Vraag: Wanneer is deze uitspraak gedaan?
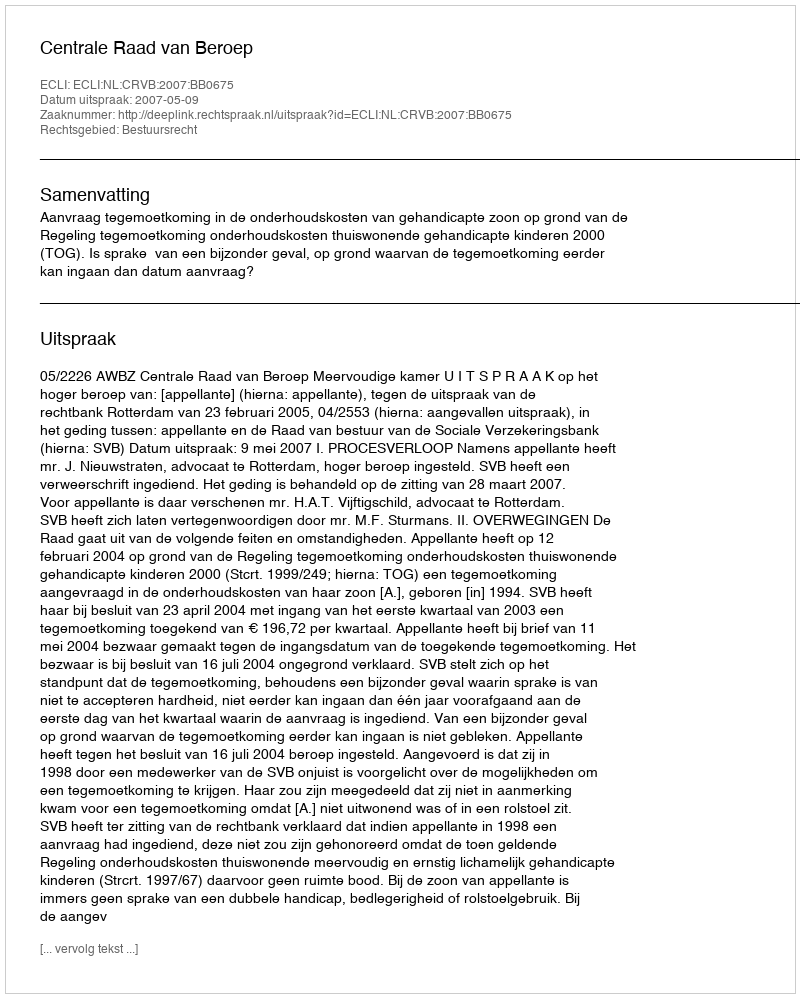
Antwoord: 2007-05-09